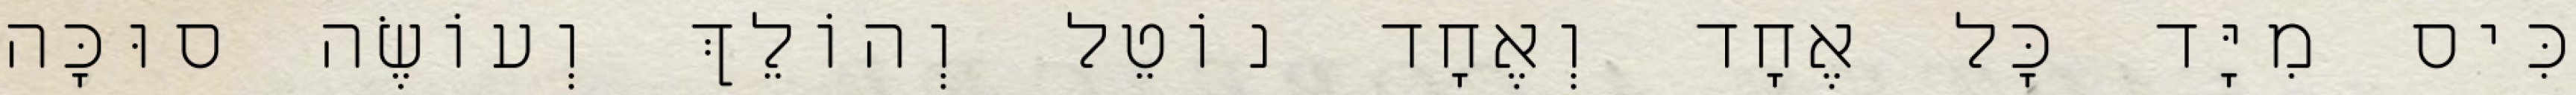
כִּיס מִיָּד כׇּל אֶחָד וְאֶחָד נוֹטֵל וְהוֹלֵךְ וְעוֹשֶׂה סוּכָּה